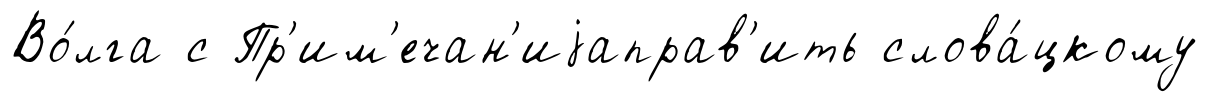
Во́лга с Пр'им'ечан'иjаправ'ить слова́цкому